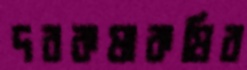
দরকষাকষির